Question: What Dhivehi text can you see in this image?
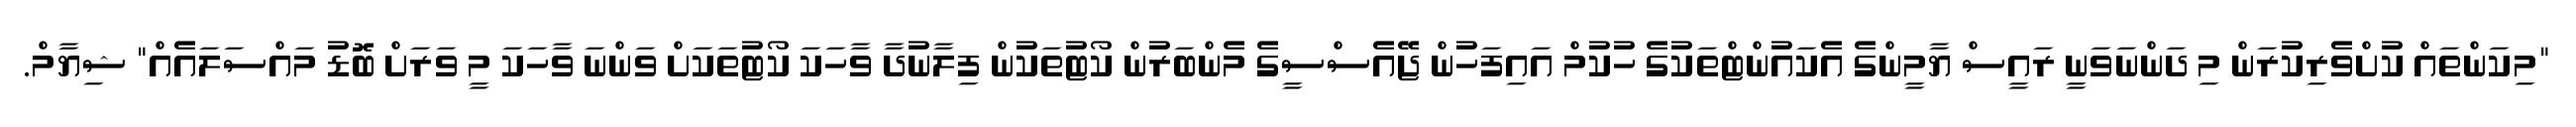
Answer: "މިކަންތައް ކުށްވެރިކުރަން މި ދަންނަވަނީ ރައީސް ޔާމީންގެ އެކައުންޓްތަކުގެ ހުކުމް އައިފަހުން ޖޭއެސްސީގެ މެންބަރުން ކޯޓުތަކުން ފިލާނުދާ ވާހަކަ ކޯޓުތަކަށް ވަންނަ ވާހަކަ މީ ވަރަށް ބޮޑު މައްސަލައެއް" ޝިޔާމް.